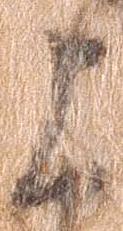
上